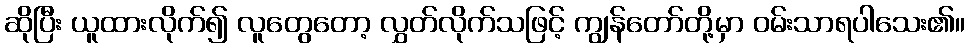
ဆိုပြီး ယူထားလိုက်၍ လူတွေတော့ လွှတ်လိုက်သဖြင့် ကျွန်တော်တို့မှာ ဝမ်းသာရပါသေး၏။